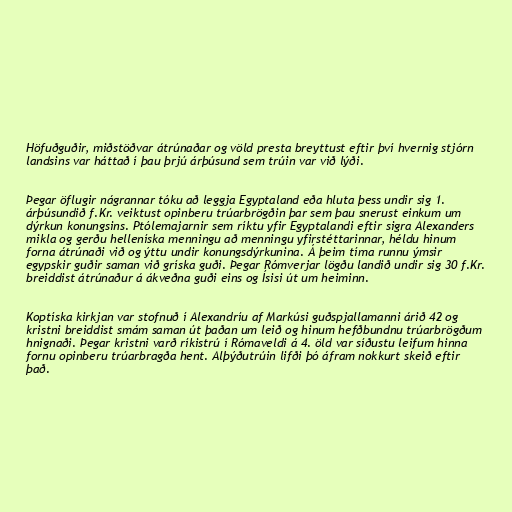
Höfuðguðir, miðstöðvar átrúnaðar og völd presta breyttust eftir því hvernig stjórn
landsins var háttað í þau þrjú árþúsund sem trúin var við lýði.

Þegar öflugir nágrannar tóku að leggja Egyptaland eða hluta þess undir sig 1.
árþúsundið f.Kr. veiktust opinberu trúarbrögðin þar sem þau snerust einkum um
dýrkun konungsins. Ptólemajarnir sem ríktu yfir Egyptalandi eftir sigra Alexanders
mikla og gerðu helleníska menningu að menningu yfirstéttarinnar, héldu hinum
forna átrúnaði við og ýttu undir konungsdýrkunina. Á þeim tíma runnu ýmsir
egypskir guðir saman við gríska guði. Þegar Rómverjar lögðu landið undir sig 30 f.Kr.
breiddist átrúnaður á ákveðna guði eins og Ísisi út um heiminn.

Koptíska kirkjan var stofnuð í Alexandríu af Markúsi guðspjallamanni árið 42 og
kristni breiddist smám saman út þaðan um leið og hinum hefðbundnu trúarbrögðum
hnignaði. Þegar kristni varð ríkistrú í Rómaveldi á 4. öld var síðustu leifum hinna
fornu opinberu trúarbragða hent. Alþýðutrúin lifði þó áfram nokkurt skeið eftir
það.